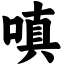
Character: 嗔